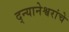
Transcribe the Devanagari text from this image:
द्न्यानेश्वरांचे